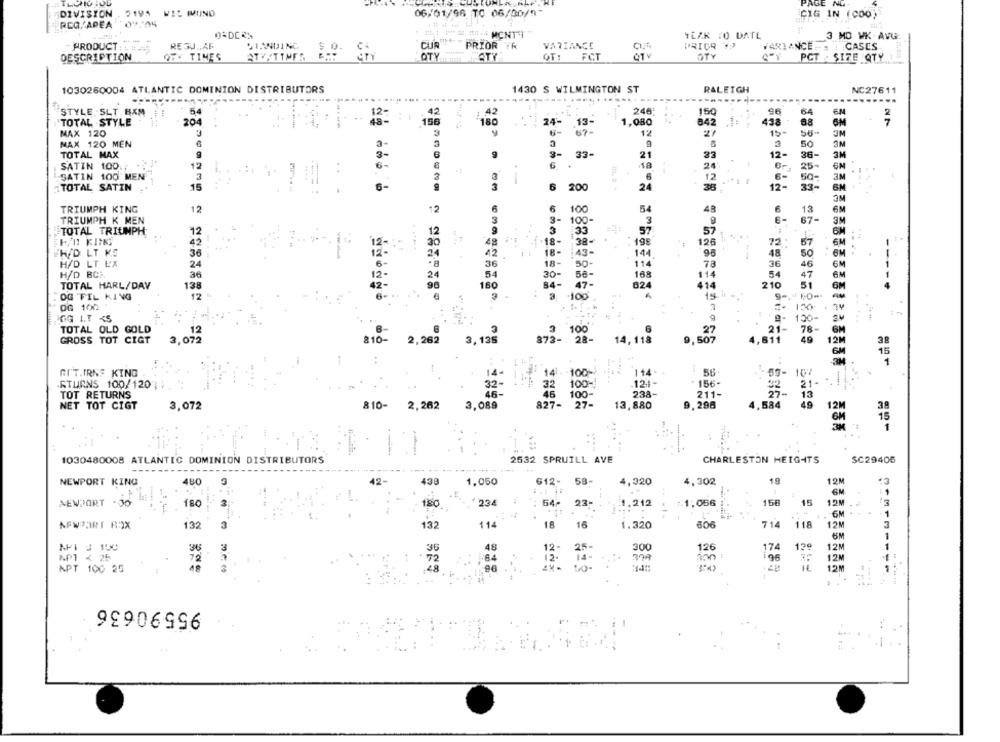
PAGE NG
DIVISION , 2195 WIC MUND
06/01/96 TO 06/00/9"
CIG IN (COO)
RCQ.AREA 09.04
ORDERS
IL: PM I . MONTT
YEAR TO DATE
3 MO WK AVG.
REGU .. AF
STANDING
CUR
PRIOR :k
VARIANCE
PRICE "
PRODUCT : . ###
$ 0.
Ci
VARIANCE-
CASES
DESCRIPTION
OFY TIMES
ETKITIMES CHT
OTY
STY
OT: FCT
OTY
GOV PCT . SIZE QTY
1030260004 ATLANTIC DOMINION DISTRIBUTORS
1430 S WILMINGTON ST
RALEIGH
NC27611
.-.... ............
-....
STYLE SLT BXM
24A'
150
64
EM
54
42
2
TOTAL STYLE
204
180
24-
13-
1,080
842
.1:
438
68
6M
7
MAX 120
3
6
67-
12
27
15-
56-
3M
NAX 120 MEN
3
9
50
3M
TOTAL MAX
3-
6
33-
21
12-
36-
3M
6-
18
SATIN 100.
12
.
24:
25-
6M
SATIN 100 MEN
3
..
3
12
6-
50-
3M
TOTAL SATIN
33-
BM
15
6 200
24
36
12-
3M
TRIUMPH KING
6
100
13
12
12
6
54
48
6
6M
TRIUMPH K MEN
3
3-
100-
6-
67-
3M
TOTAL TRIUMPH
12
12
9
3
33
57
57
42
30
48
-18-
.38-
198
126
72 .
57
6M
H/D LT KS
42
18-
:43-
98
50
36
--
48
H/D LT EX
24
36
18-
50-
114
78
36
46
6M
H/D BC%
36
24
54
30-
58-
114
54
47
EM
TOTAL HARL/DAV
138
12
96
180
84-
47-
210
51
6M
OG FIL KING
12
100
OG 100
Im
GG IT <5
150
.....
TOTAL OLD GOLD
12
6-
100
G
27
27
78
6M
GROSS TOT CIGT
3,072
810- 2,262
3,135
873- 28-
14,118
9,507
4,611
49
12M
38
GM
15
1
GIT,IRNS KING
14 . 100
114
1
56
10%
.
14-
RTURNS 100/120
32-
32
100-
121-
156-
21-
46-
46
100-
238-
211-
TOT RETURNS
13
NET TOT CIGT
3,072
810-
2,262
3,089
827-
13,880
9,296
4, 584
15
1
1030480008 ATLANTIC DOMINION DISTRIBUTORS
2532 SPRUILL AVE
CHARLESTON HEIGHTS
SC29406
NEWPORT KING
480
438
1.050
612-
58-
4,320
4,302
19
12M
6M
NEWPORT . 00
180
180
. 234
23-
1.212
.1,056
158
15
15M
6M
1
NEWPORT ROX
132
3
132
114
18
16
1.320
806
714
118
12M
6M
1
NF1 3 150
36
36
48
300
126
174
130
12M
1
MPT < 25
72
12.
12M
APT 100 25
12M
----
95590636
.1.